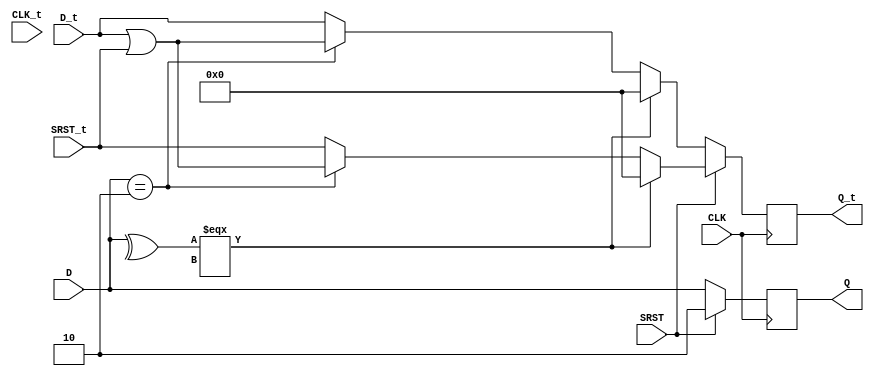
module m_0 (CLK,CLK_t, D, D_t, SRST, SRST_t, Q, Q_t);

parameter WIDTH = 2;
parameter CLK_POLARITY = 1'b1;
parameter SRST_POLARITY = 1'b1;
parameter SRST_VALUE = 2;

input CLK, SRST;
input [WIDTH-1:0] D;
input [31:0] D_t;
input [31:0] SRST_t;
input [31:0] CLK_t;
output reg [WIDTH-1:0] Q;
output reg [31:0] Q_t;
wire pos_clk = CLK == CLK_POLARITY;
wire pos_srst = SRST == SRST_POLARITY;

initial begin
    Q_t = 0;
end

always @(posedge pos_clk) begin
	if (pos_srst) begin
		Q <= SRST_VALUE;
		Q_t <= (^D === 1'bx) ? 0 : ((D == SRST_VALUE) ? (D_t | SRST_t) : SRST_t);
		end
	else begin
		Q <= D;
		Q_t <= (^D === 1'bx) ? 0 : ((D == SRST_VALUE) ? (D_t | SRST_t) : D_t);
		end
end

endmodule